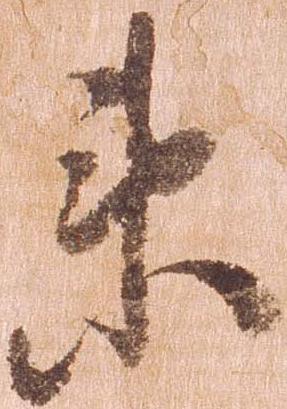
衛